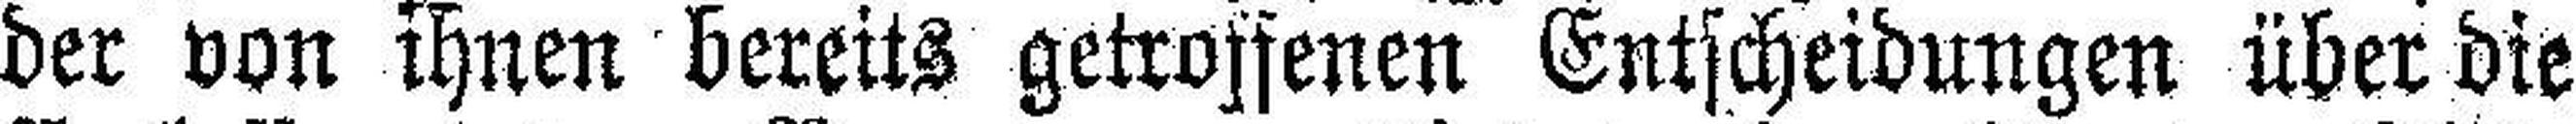
der von ihnen bereits getroffenen Entscheidungen über die